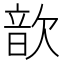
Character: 歆